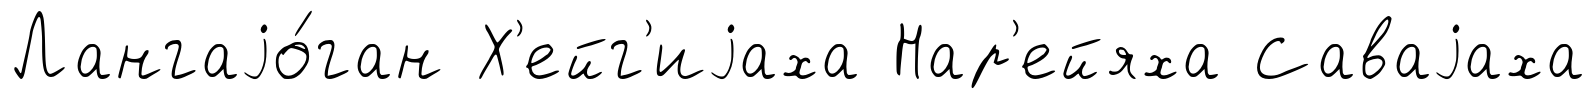
Лангаjо́ган Х'ейг'иjаха Нар'ейяха Саваjаха